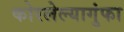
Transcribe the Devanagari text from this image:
कोरलेल्यागुंफा